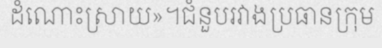
ដំណោះស្រាយ»។ជំនួបរវាងប្រធានក្រុម